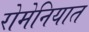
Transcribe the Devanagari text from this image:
रोमेनियात